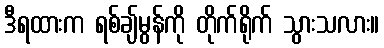
ဒီရထားက ရစ်ချ်မွန်ကို တိုက်ရိုက် သွားသလား။